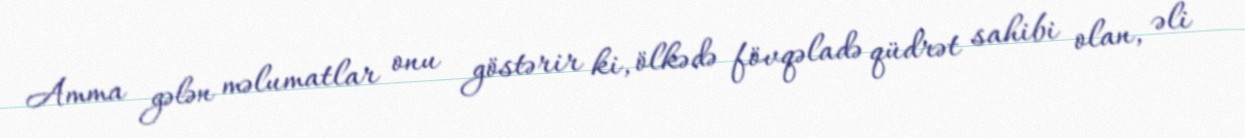
Amma gələn məlumatlar onu göstərir ki, ölkədə fövqəladə qüdrət sahibi olan, əli